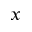
x